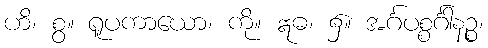
ဟိ၊ စွ။ ရူပကာယော၊ ကို။ ဣဓ၊ ၌။ အင်္ဂပစ္စင်္ဂါနဉ္စ၊